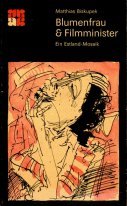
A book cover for Blumenfrau & Filmminister: Ein Estland-Mosaik (Angebote) (German Edition); Matthias Biskupek; Travel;